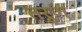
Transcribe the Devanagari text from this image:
तरूण